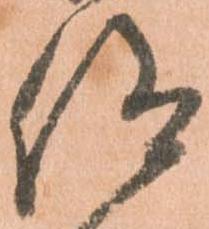
仰